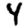
Digit: 4